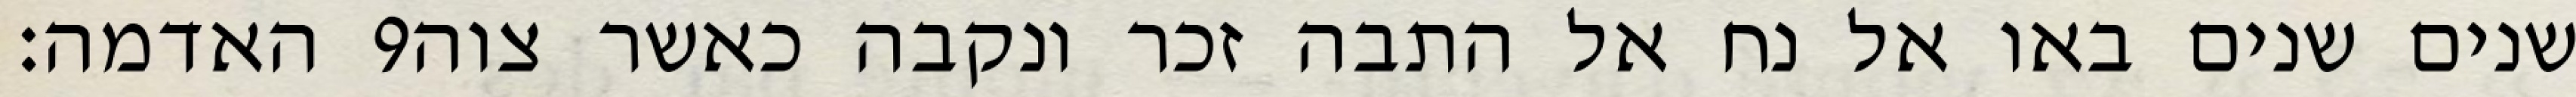
האדמה׃ ‎9‏ שנים שנים באו אל נח אל התבה זכר ונקבה כאשר צוה